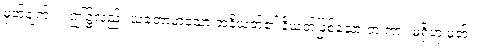
မှတ်ချက်။ ။ ဤ၌လည်း ယတောဟူသော အနိယတ်၏ နိယတ်ဖြစ်သော တ ကား မရှိဟု မှတ်။